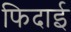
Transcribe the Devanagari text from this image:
फिदाई